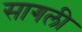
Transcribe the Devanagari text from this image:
सागली